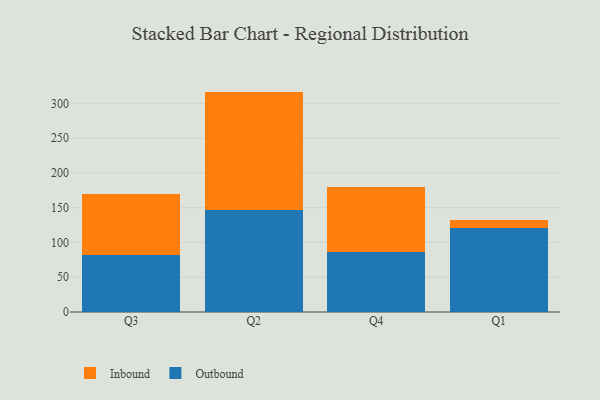
{"axis": {"x": "Quarter", "y": "Revenue (USD Million)"}, "legend": ["Inbound", "Outbound"], "data": [{"x": "Q3", "y": 82.5, "type": "Outbound"}, {"x": "Q3", "y": 87.1, "type": "Inbound"}, {"x": "Q2", "y": 146.3, "type": "Outbound"}, {"x": "Q2", "y": 170.6, "type": "Inbound"}, {"x": "Q4", "y": 85.9, "type": "Outbound"}, {"x": "Q4", "y": 94.2, "type": "Inbound"}, {"x": "Q1", "y": 120.3, "type": "Outbound"}, {"x": "Q1", "y": 11.5, "type": "Inbound"}]}